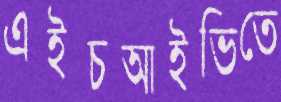
এইচআইভিতে